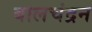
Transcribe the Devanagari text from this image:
बालचंद्रन